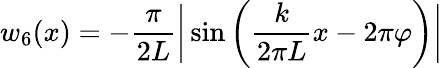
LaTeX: w_{6}(x)=-\frac{\pi}{2L}\bigg|\sin\bigg(\frac{k}{2\pi L}x-2\pi\varphi\bigg)\bigg|